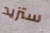
ستزيد